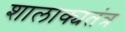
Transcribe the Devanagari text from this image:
शालाक्यतंत्र